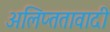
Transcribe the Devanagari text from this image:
अलिप्‍ततावादी